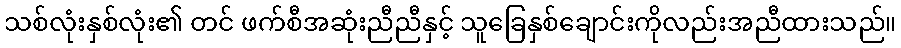
သစ်လုံးနှစ်လုံး၏ တင် ဖက်စီအဆုံးညီညီနှင့် သူခြေနှစ်ချောင်းကိုလည်းအညီထားသည်။